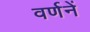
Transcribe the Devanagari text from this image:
वर्णनें